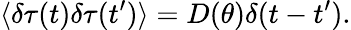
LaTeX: \langle\delta\tau(t)\delta\tau(t^{\prime})\rangle=D(\theta)\delta(t-t^{\prime}).